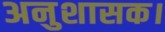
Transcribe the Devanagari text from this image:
अनुशासक।